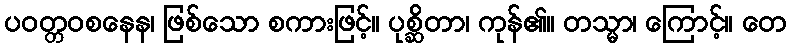
ပဝတ္တဝစနေန၊ ဖြစ်သော စကားဖြင့်။ ပုစ္ဆိတာ၊ ကုန်၏။ တသ္မာ၊ ကြောင့်။ တေ